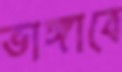
ভাঙ্গাবে